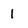
Character: 1